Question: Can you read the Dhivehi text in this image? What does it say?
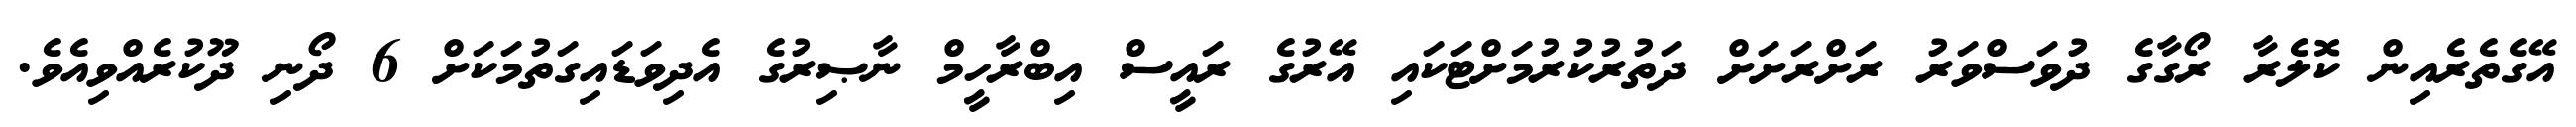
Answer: އޭގެތެރެއިން ކޮލެރާ ރޯގާގެ ދުވަސްވަރު ރަށްރަށަށް ދަތުރުކުރުމަށްޓަކައި އޭރުގެ ރައީސް އިބްރާހީމް ނާޞިރުގެ އެދިވަޑައިގަތުމަކަށް 6 ދޯނި ދޫކުރެއްވިއެވެ.